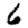
Digit: 6